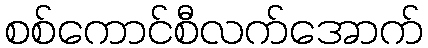
စစ်ကောင်စီလက်အောက်